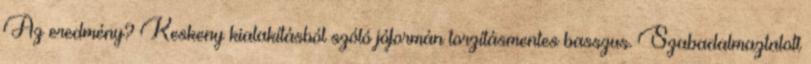
Az eredmény? Keskeny kialakításból szóló jóformán torzításmentes basszus. Szabadalmaztatott